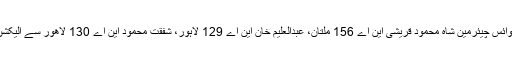
پارٹی کے وائس چیئرمین شاہ محمود قریشی این اے 156 ملتان، عبدالعلیم خان این اے 129 لاہور، شفقت محمود این اے 130 لاهور سے الیکشن لڑیں گے۔